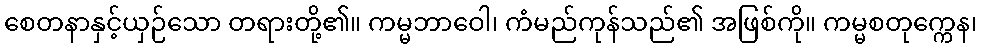
စေတနာနှင့်ယှဉ်သော တရားတို့၏။ ကမ္မဘာဝေါ၊ ကံမည်ကုန်သည်၏ အဖြစ်ကို။ ကမ္မစတုက္ကေန၊